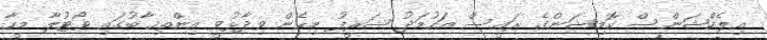
އިލެކްޝަންސް ކޮމިޝަންގެ ރައީސް އަހުމަދު ޝަރީފު މިހެން ވިދާޅުވީ އިންތިޚާބުގައި ވޯޓުލާ މީހާ